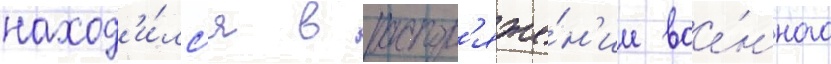
наход'и́лс'я в распор'яже́н'ии вое́нного